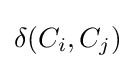
\delta (C_{i},C_{j})